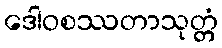
ဒေါဝစဿတာသုတ္တံ